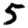
Digit: 5